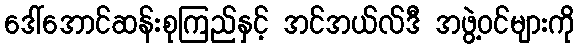
ဒေါ်အောင်ဆန်းစုကြည်နှင့် အင်အယ်လ်ဒီ အဖွဲ့ဝင်များကို